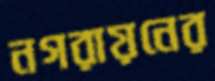
নগরায়নের